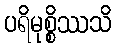
ပရိမုစ္စိဿသိ